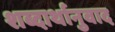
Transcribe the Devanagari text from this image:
शब्दार्थानुवाद